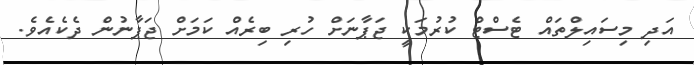
އަދި މިސައިލްތައް ޓެސްޓް ކުރުމަކީ ޖަޕާނަށް ހުރި ބިރެއް ކަމަށް ޖަޕާނުން ދެކެއެވެ.